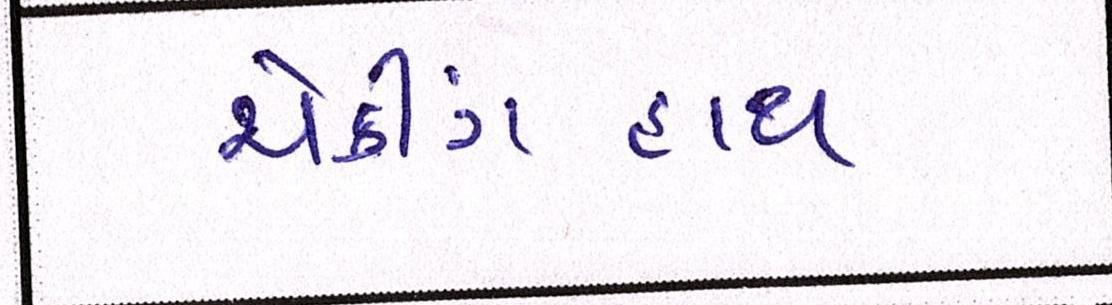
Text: ચેકીંગહાથ